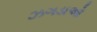
ઝગડાઓ